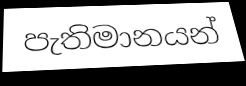
පැතිමානයන්